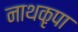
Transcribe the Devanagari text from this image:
नाथकृपा